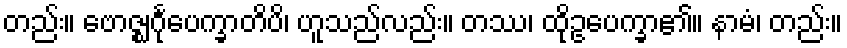
တည်း။ ဗောဇ္ဈင်္ဂုပေက္ခာတိပိ၊ ဟူသည်လည်း။ တဿ၊ ထိုဥပေက္ခာ၏။ နာမံ၊ တည်း။